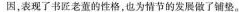
因,表现了书匠老董的性格，也为情节的发展做了铺垫。